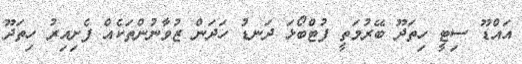
އައްޑޫ ސިޓީ ހިތަދޫ ބޭރުމަތީ ފުޓްބޯޅަ ދަނޑު ހަދަން ޒުވާނުންތަކެއް ފެށިއިރު ހިތަދޫ